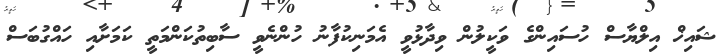
ޝައިޚް އިލްޔާސް ހުސައިންގެ ވަކީލުން ވިދާޅުވީ އެމަނިކުފާނު ހުންނެވީ ސާބިތުކަންމަތީ ކަމަށާއި ހައްގުބަސް